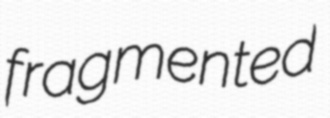
fragmented